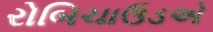
રોબિચાઉડએ